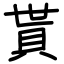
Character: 貰